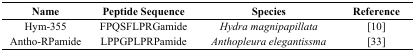
<table><thead><tr><td><b>Name</b></td><td><b>Peptide Sequence</b></td><td><b>Species</b></td><td><b>Reference</b></td></tr></thead><tbody><tr><td>Hym-355</td><td>FPQSFLPRGamide</td><td><i>Hydra magnipapillata</i></td><td>[10]</td></tr><tr><td>Antho-RPamide</td><td>LPPGPLPRPamide</td><td><i>Anthopleura elegantissma</i></td><td>[33]</td></tr></tbody></table>